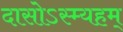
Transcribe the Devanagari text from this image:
दासोऽस्म्यहम्